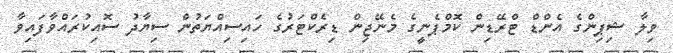
ވިލާ ޝިޕިންގެ އެންޑް ޓްރޭޑިން ކޮމްޕެނީގެ މެނޭޖިން ޑިރެކްޓަރުގެ ހައިސިއްޔަތުން ސިޔާދު ސޮއިކުރައްވާފައިވާ